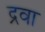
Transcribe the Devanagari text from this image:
द्रवा